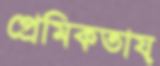
প্রেমিকতায়